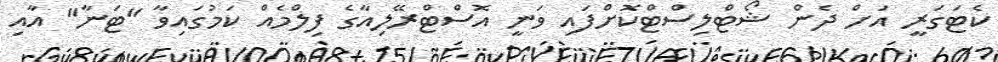
ކެޓަގަރީ އަށް ދެން ޝޯޓްލިސްޓްކޮށްފައި ވަނީ އޮސްޓްރޭލިއާގެ ފިލްމެއް ކަމުގައިވާ "ޓަނާ" އާއި